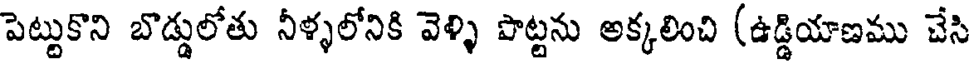
పెట్టుకొని బొడ్డులోతు నీళ్ళలోనికి వెళ్ళి పొట్టను అక్కలించి (ఉడ్డియాణము చేసి